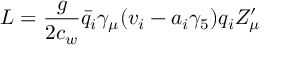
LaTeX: { \cal L } = { \frac { g } { 2 c _ { w } } } { \bar { q } } _ { i } { \gamma _ { \mu } } ( v _ { i } - a _ { i } \gamma _ { 5 } ) q _ { i } Z _ { \mu } ^ { \prime }